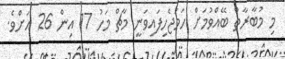
މި މުބާރާތް ބޭއްވުމަށް ހަމަޖެހިފައިވަނީ މާޗް މަހު 17 އިން 26 އަށްެވެ.